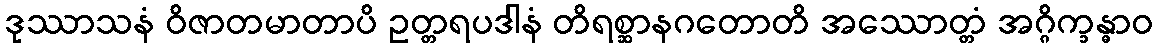
ဒုဿာသနံ ဝိဇာတမာတာပိ ဥတ္တရပဒါနံ တိရစ္ဆာနဂတောတိ အဿောတ္တံ အဂ္ဂိက္ခန္ဓာဝ